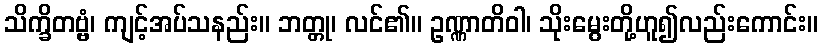
သိက္ခိတဗ္ဗံ၊ ကျင့်အပ်သနည်း။ ဘတ္တု၊ လင်၏။ ဥဏ္ဏာတိဝါ၊ သိုးမွေးတို့ဟူ၍လည်းကောင်း။